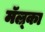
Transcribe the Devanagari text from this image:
मॅल्र्का